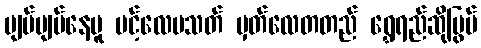
ပျပ်ပျပ်နေမူ ပင့်လေပသတ် မှတ်လေတတည် ရွှေရည်ဆိုပြွပ်